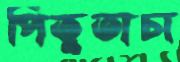
পিতুতাচা